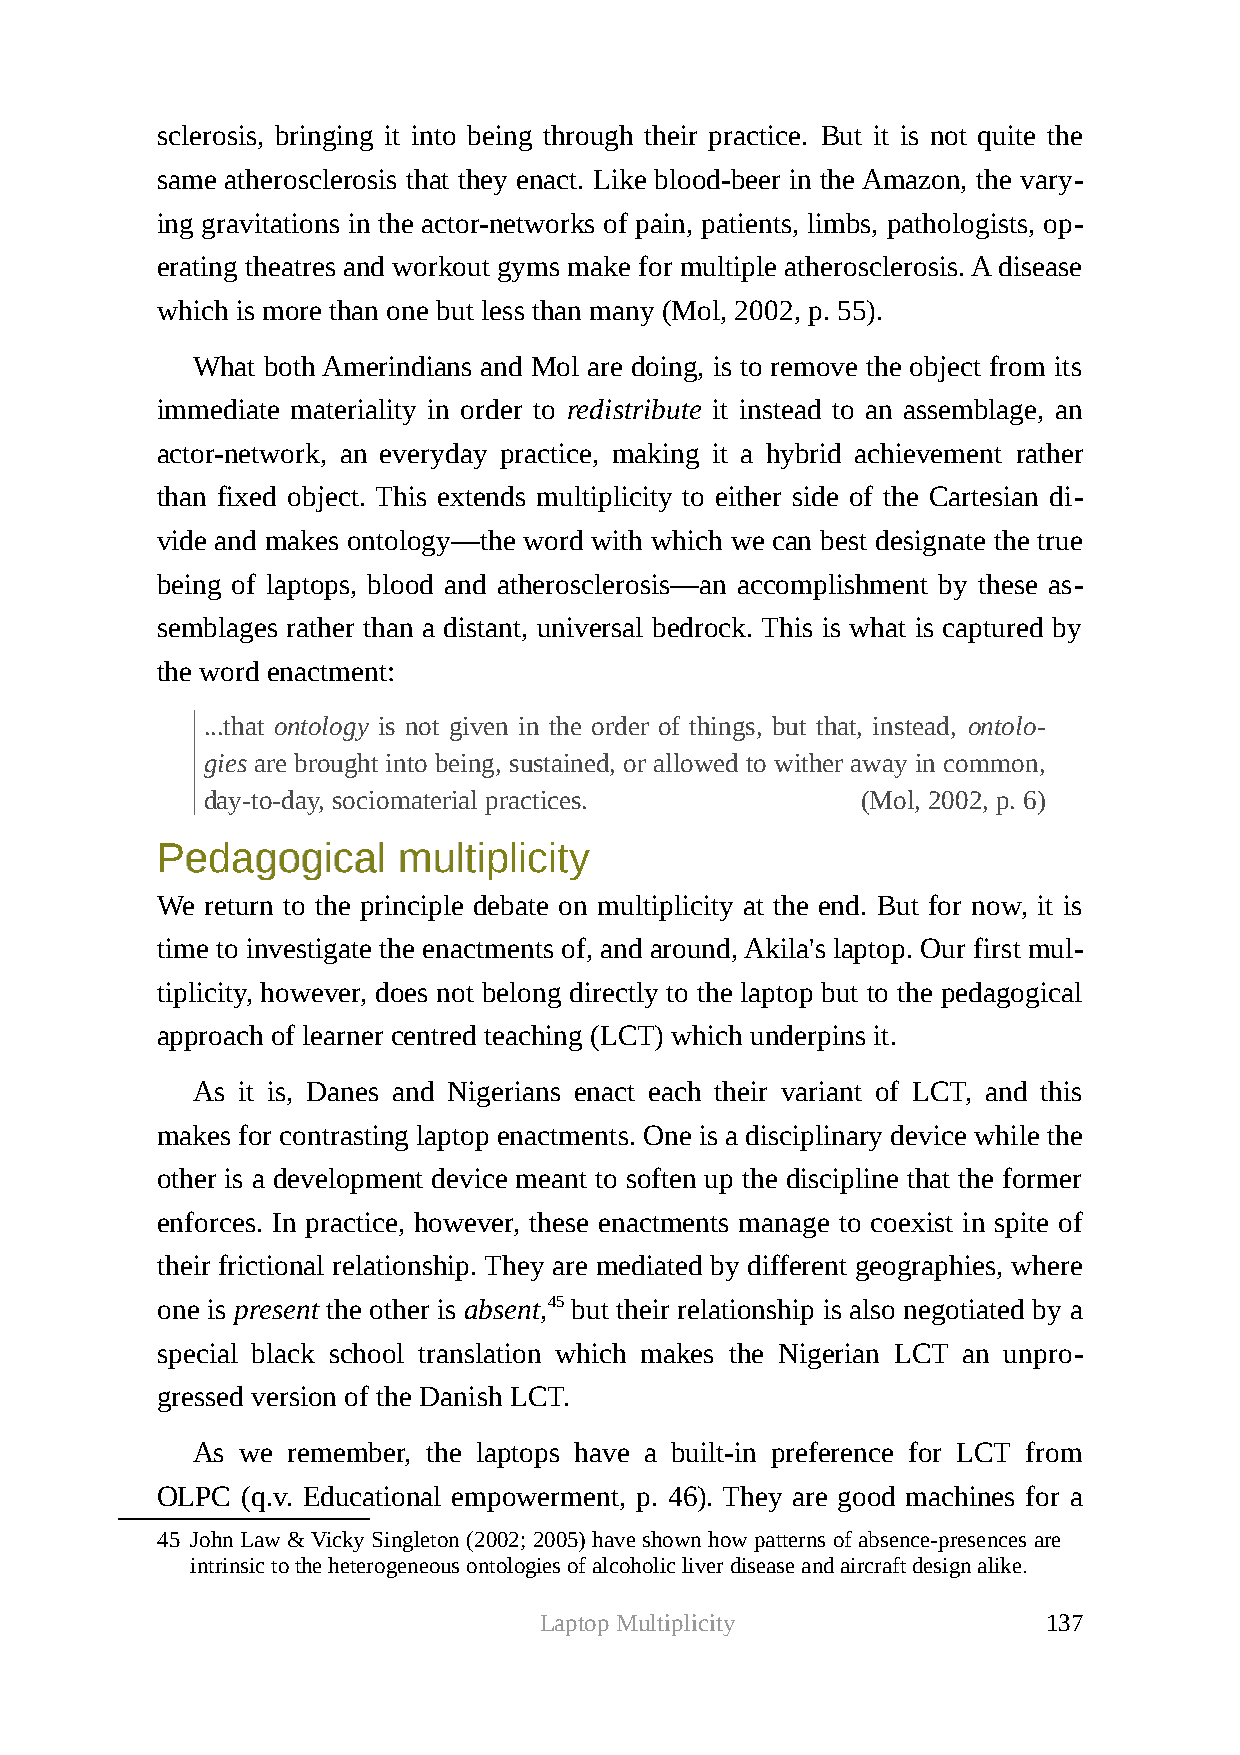
sclerosis, bringing it into being through their practice. But it is not quite the
 same atherosclerosis that they enact. Like blood-beer in the Amazon, the vary-
 ing gravitations in the actor-networks of pain, patients, limbs, pathologists, op-
 erating theatres and workout gyms make for multiple atherosclerosis. A disease
 which is more than one but less than many (Mol, 2002, p. 55).
 What both Amerindians and Mol are doing, is to remove the object from its
 immediate materiality in order to redistribute it instead to an assemblage, an
 actor-network, an everyday practice, making it a hybrid achievement rather
 than fixed object. This extends multiplicity to either side of the Cartesian di-
 vide and makes ontology—the word with which we can best designate the true
 being of laptops, blood and atherosclerosis—an accomplishment by these as-
 semblages rather than a distant, universal bedrock. This is what is captured by
 the word enactment:
 ...that ontology is not given in the order of things, but that, instead, ontolo-
 gies are brought into being, sustained, or allowed to wither away in common,
 day-to-day, sociomaterial practices.       (Mol, 2002, p. 6)
 PPeeddaaggooggiiccaall mmuullttiipplliicciittyy
 We  return to the principle debate on multiplicity at the end. But for now, it is
 time to investigate the enactments of, and around, Akila's laptop. Our first mul-
 tiplicity, however, does not belong directly to the laptop but to the pedagogical
 approach of learner centred teaching (LCT) which underpins it.
 As it is, Danes and Nigerians enact each their variant of LCT, and this
 makes for contrasting laptop enactments. One is a disciplinary device while the
 other is a development device meant to soften up the discipline that the former
 enforces. In practice, however, these enactments manage to coexist in spite of
 their frictional relationship. They are mediated by different geographies, where
 one is present the other is absent,45 but their relationship is also negotiated by a
 special black school translation which makes the Nigerian LCT an unpro-
 gressed version of the Danish LCT.
 As we remember, the laptops have a built-in preference for LCT from
 OLPC  (q.v. Educational empowerment, p. 46). They are good machines for a
 45 John Law & Vicky Singleton (2002; 2005) have shown how patterns of absence-presences are
 intrinsic to the heterogeneous ontologies of alcoholic liver disease and aircraft design alike.
 Laptop Multiplicity              137